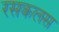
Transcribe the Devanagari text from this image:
रसकलस